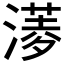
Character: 𣾖